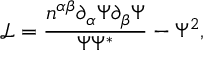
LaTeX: \mathcal { L } = \frac { n ^ { \alpha \beta } \partial _ { \alpha } \Psi \partial _ { \beta } \Psi } { \Psi \Psi ^ { * } } - \Psi ^ { 2 } ,